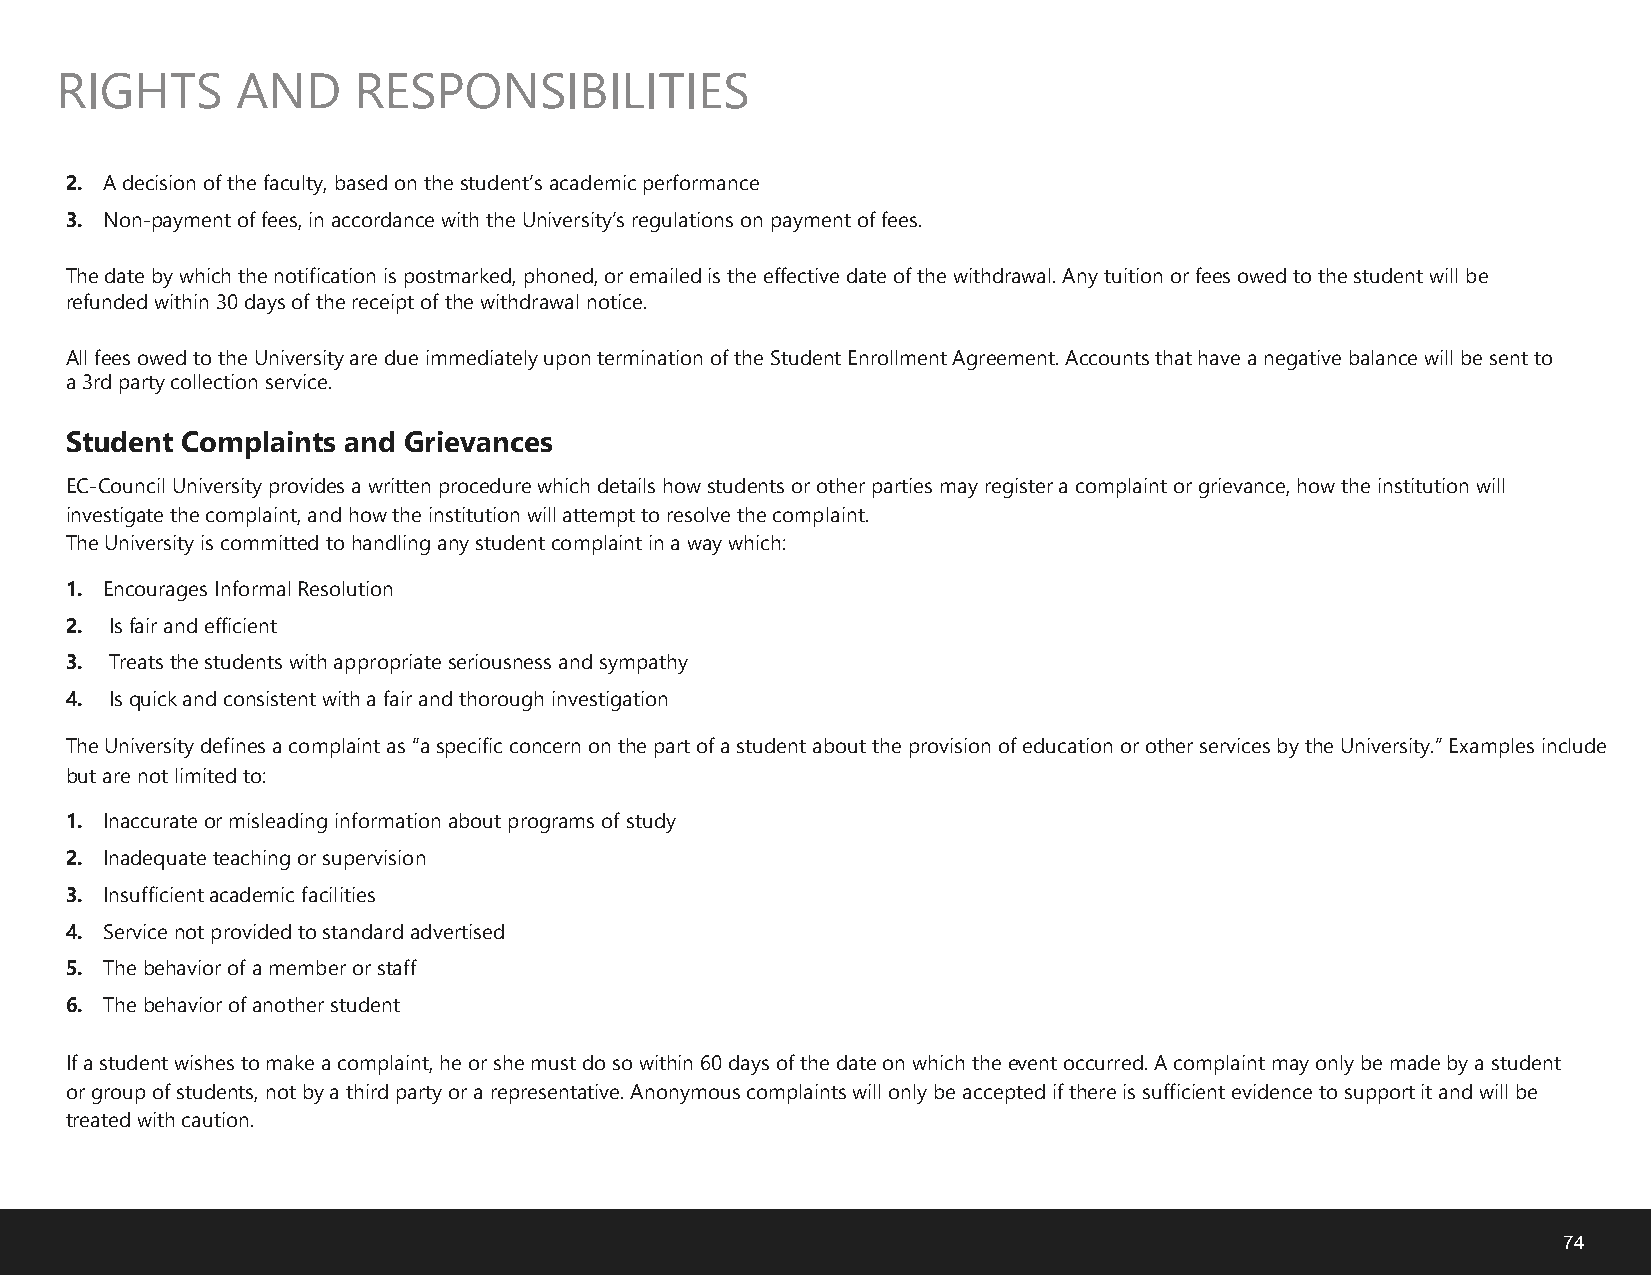
RIGHTS      AND    RESPONSIBILITIES
 2. A decision of the faculty, based on the student’s academic performance
 3. Non-payment of fees, in accordance with the University’s regulations on payment of fees.
 The date by which the notification is postmarked, phoned, or emailed is the effective date of the withdrawal. Any tuition or fees owed to the student will be
 refunded within 30 days of the receipt of the withdrawal notice.
 All fees owed to the University are due immediately upon termination of the Student Enrollment Agreement. Accounts that have a negative balance will be sent to
 a 3rd party collection service.
 Student Complaints and Grievances
 EC-Council University provides a written procedure which details how students or other parties may register a complaint or grievance, how the institution will
 investigate the complaint, and how the institution will attempt to resolve the complaint.
 The University is committed to handling any student complaint in a way which:
 1. Encourages Informal Resolution
 2. Is fair and efficient
 3. Treats the students with appropriate seriousness and sympathy
 4. Is quick and consistent with a fair and thorough investigation
 The University defines a complaint as “a specific concern on the part of a student about the provision of education or other services by the University.” Examples include
 but are not limited to:
 1. Inaccurate or misleading information about programs of study
 2. Inadequate teaching or supervision
 3. Insufficient academic facilities
 4. Service not provided to standard advertised
 5. The behavior of a member or staff
 6. The behavior of another student
 If a student wishes to make a complaint, he or she must do so within 60 days of the date on which the event occurred. A complaint may only be made by a student
 or group of students, not by a third party or a representative. Anonymous complaints will only be accepted if there is sufficient evidence to support it and will be
 treated with caution.
 74